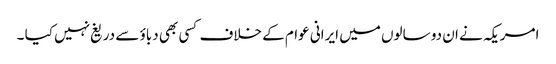
امریکہ نے ان دو سالوں میں ایرانی عوام کے خلاف کسی بھی دباؤ سے دریغ نہیں کیا ۔